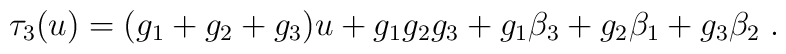
\tau_3(u)=(g_1+g_2+g_3)u + g_1 g_2 g_3 + g_1 \beta_3 + g_2 \beta_1 + g_3 \beta_2\;.